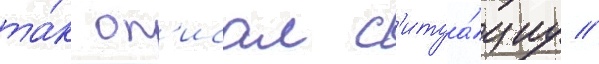
та́к оп'исал с'итуа́циу //